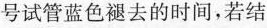
号试管蓝色褪去的时间，若结